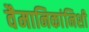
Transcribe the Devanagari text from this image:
वैमानिकांनिशी